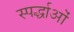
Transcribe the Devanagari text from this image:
स्पर्द्धाओं